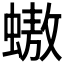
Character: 𧑃